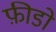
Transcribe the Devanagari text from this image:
फ़ीडो